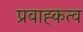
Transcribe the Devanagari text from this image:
प्रवाह्कत्व